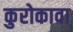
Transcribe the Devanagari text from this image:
कुरोकावा